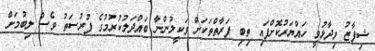
ޝިފާޒު ވިދާޅުވީ ހައްޔަރުކޮށްފައި ތިބި ފަރާތްތަކަށް ވަކީލުންނާ ބައްދަލުކުރުމުގެ ފުރުސަތު ވެސް ލިބުމަށް